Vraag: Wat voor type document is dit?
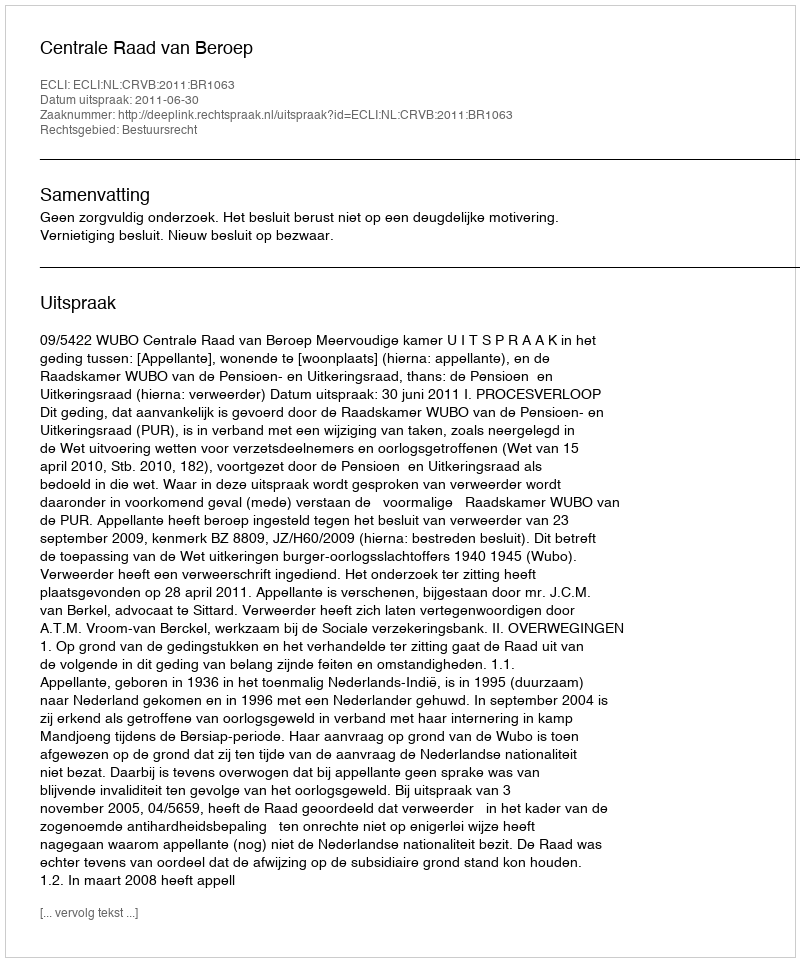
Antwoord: Uitspraak